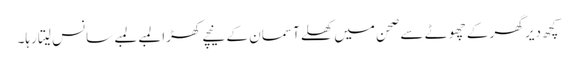
کچھ دیر گھر کے چھوٹے سے صحن میں کھلے آسمان کے نیچے کھڑا لمبے لمبے سانس لیتا رہا۔